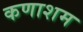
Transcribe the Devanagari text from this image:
कणाशम